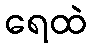
ရေထဲ